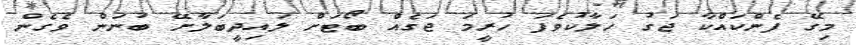
މިގޭ ފެންކައްކާ ޖަގު ހަލާކުވެފަ ހުރީމަ ޖަގެއް ބޯޓަށް ލައިދީބަލާށޭ ބުނަން ވެގެން